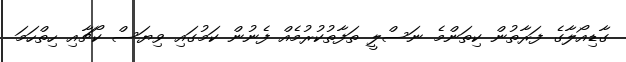
ގާޑިއޯލާގެ ފަރާތުން ކިތަންމެ ނަސްލީ ތަފާތުކުރުމެއް ފެނުން ކަމުގައި ވިޔަސް ކޯޗާއި ހިތްހަމަ